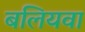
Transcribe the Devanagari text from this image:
बलियवा